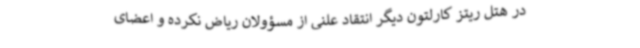
در هتل ریتز کارلتون دیگر انتقاد علنی از مسؤولان ریاض نکرده و اعضای